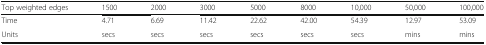
| Top weighted edges | 1500 | 2000 | 3000 | 5000 | 8000 | 10,000 | 50,000 | 100,000 |
 | --- | --- | --- | --- | --- | --- | --- | --- | --- |
 | Time | 4.71 | 6.69 | 11.42 | 22.62 | 42.00 | 54.39 | 12.97 | 53.09 |
 | Units | secs | secs | secs | secs | secs | secs | mins | mins |